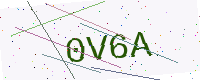
Text: 0V6A